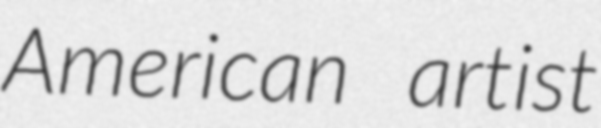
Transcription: American artist